Lunatic asylums United Provinces 1909-1921 - 1909-1921
Year: 1909
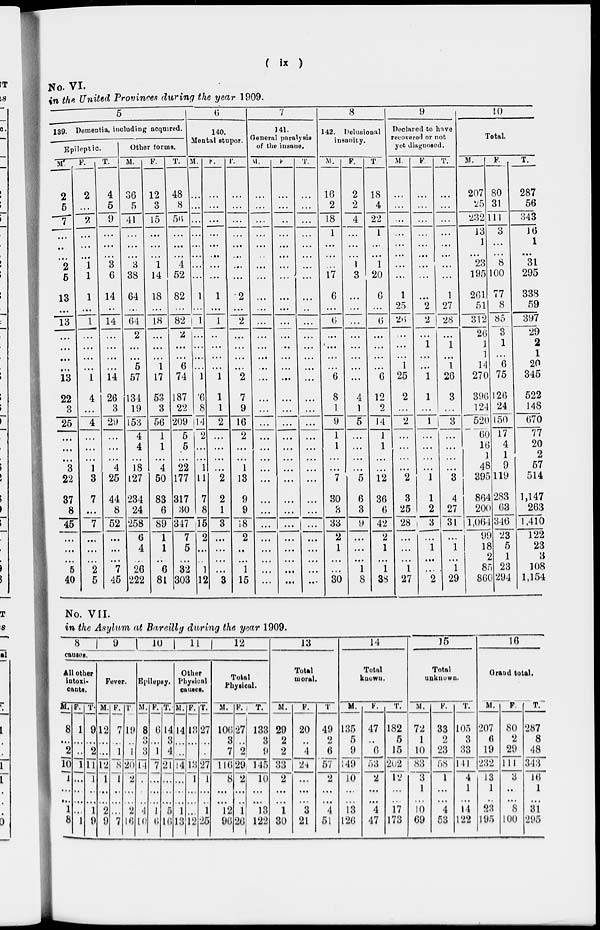
( ix )
No. VI.
in the United Provinces during the year 1909.
5
139. Dementia, including acquired.
Epileptic.
M.
2
5
7
...
..
...
2
6
13
...
13
...
...
...
...
13
22
3
26
...
...
...
3
22
37
8
45
...
...
...
5
40
F.
2
...
2
...
...
...
1
1
1
...
1
...
...
...
...
1
4
...
4
...
...
...
1
3
7
...
7
...
...
...
2
5
T .
4
5
9
...
...
...
3
6
14
...
14
...
...
...
...
14
26
3
29
...
...
...
4
25
44
8
52
...
...
...
7
45
Other forms.
M.
36
5
41
...
...
...
3
38
64
...
64
2
...
...
5
57
134
19
153
4
4
...
18
127
234
24
258
6
4
...
26
222
F.
12
3
15
...
...
...
1
14
18
...
18
...
...
...
1
17
53
3
56
1
1
...
4
50
83
6
89
1
1
...
6
81
T.
48
8
56
...
...
...
4
52
82
...
82
2
...
...
6
74
187
22
209
5
5
...
22
177
317
30
347
7
5
...
32
303
6
140.
Mental stupor.
M.
...
...
...
...
...
...
...
...
1
...
1
...
...
...
...
1
6
8
14
2
...
...
1
11
7
8
15
2
...
...
1
12
F.
...
...
...
...
...
...
...
...
1
...
1
...
...
...
...
1
1
1
2
...
...
...
...
2
2
1
3
...
...
...
...
3
T.
...
...
...
...
...
...
...
...
2
...
2
...
...
...
...
2
7
9
16
2
...
...
1
13
9
9
18
2
...
...
1
15
7
141.
General paralysis
of the insane.
M.
...
...
...
...
...
...
...
...
...
...
...
...
...
...
...
...
...
...
...
...
...
...
...
...
...
...
...
...
...
...
...
...
F.
...
...
...
...
...
...
...
...
...
...
...
...
...
...
...
...
...
...
...
...
...
...
...
...
...
...
...
...
...
...
...
...
T.
...
...
...
...
...
...
...
...
...
...
...
...
...
...
...
...
...
...
...
...
...
...
...
...
...
...
...
...
...
...
...
...
8
142. Delusional
insanity.
M.
16
2
18
1
...
...
...
17
6
...
6
...
...
...
...
6
8
1
9
1
1
...
...
7
30
3
33
2
1
...
...
30
F.
2
2
4
...
...
...
...
3
...
...
...
...
...
...
...
...
4
1
5
...
...
...
...
5
6
3
9
...
...
...
1
8
T
18
4
22
1
...
...
1
20
6
...
6
...
...
...
...
6
12
2
14
1
1
...
12
36
6
42
2
1
...
1
38
9
Declared to have
recovered or not
yet diagnosed.
M.
...
...
...
...
...
...
...
...
1
25
26
...
...
...
1
25
2
...
2
...
...
...
...
2
3
25
28
...
...
...
1
27
F
...
...
...
...
...
...
...
...
...
2
2
...
1
...
...
1
1
...
1
...
...
...
...
1
1
2
3
...
1
...
...
2
T.
...
...
...
...
...
...
...
...
1
27
28
...
1
...
1
26
3
...
3
...
...
...
...
3
4
27
31
...
1
...
1
29
10
Total.
M.
207
25
232
13
1
...
23
195
261
51
312
26
1
1
14
270
396
124
520
...
16
1
48
395
864
200
1,064
99
18
2
85
860
F.
80
31
111
3
...
...
8
100
77
8
85
3
1
...
6
75
126
24
150
17
4
1
9
119
283
63
346
23
5
1
23
294
T.
287
56
343
16
1
...
31
295
338
59
397
29
2
1
20
345
522
148
670
77
20
2
57
514
1,147
263
1,410
122
23
3
108
1,154
No. VII.
in the Asylum at Bareilly during the year 1909.
8
9
10
11
12
causes.
All other
intoxi-
cants.
M.
8
...
2
10
1
...
...
1
8
F.
1
...
...
1
...
...
...
...
1
T.
9
...
2
11
1
...
...
1
9
Fever.
M.
12
...
...
12
1
...
...
2
9
F.
7
...
1
8
1
...
...
...
7
T
19
...
1
20
2
...
...
2
16
Epilepsy.
M.
8
3
3
14
...
...
...
4
10
F.
6
...
1
7
...
...
...
1
6
T.
14
3
4
21
...
...
...
5
16
Other
Physical
causes.
M.
14
...
...
14
...
...
...
1
13
F.
13
...
...
13
1
...
...
...
12
T.
27
...
...
27
1
...
...
1
25
Total
Physical.
M.
106
3
7
116
8
...
...
12
96
F.
27
..
2
29
2
...
...
1
26
T.
133
3
9
145
10
...
...
13
122
13
Total
moral.
M.
29
2
2
33
2
...
...
1
30
F.
20
...
4
24
...
...
...
3
21
T
49
2
6
57
2
...
...
4
51
14
Total
known.
M.
135
5
9
149
10
...
...
13
126
F.
47
...
6
53
2
...
...
4
47
T.
182
5
15
202
12
...
...
17
173
15
Total
unknown.
M.
72
1
10
83
3
1
...
10
69
F.
33
2
23
58
1
...
...
4
53
T.
105
3
33
141
4
1
...
14
122
16
Grand total.
M.
207
6
19
232
13
1
...
23
195
F.
80
2
29
111
3
...
...
8
100
T.
287
8
48
343
16
1
...
31
295